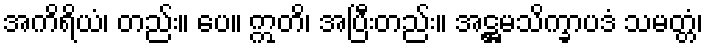
အကိရိယံ၊ တည်း။ ပေ။ ဣတိ၊ အပြီးတည်း။ အဋ္ဌမသိက္ခာပဒံ သမတ္တံ၊